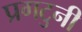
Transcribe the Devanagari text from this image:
प्रगटुनी